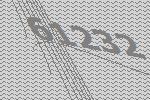
61232